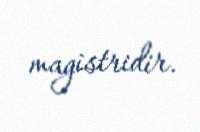
magistridir.